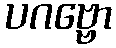
ပဂဗ္ဗော